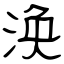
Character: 涣